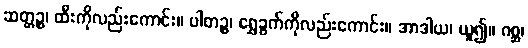
ဆတ္တဉ္စ၊ ထီးကိုလည်းကောင်း။ ပါတဉ္စ၊ ရွှေခွက်ကိုလည်းကောင်း။ အာဒါယ၊ ယူ၍။ ဂစ္ဆ၊